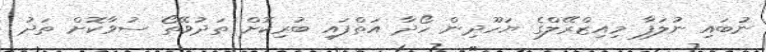
ނުބައި ނުލަފާ މިއިޒްރޭލްގެ ޔަހޫދިން ހޯދާ އަތްފައި ބުރިކޮށް ތަދުވޭތޯ ސުވާކޮށް ތަދު